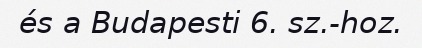
és a Budapesti 6. sz.-hoz.